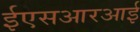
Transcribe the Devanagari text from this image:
ईएसआरआई